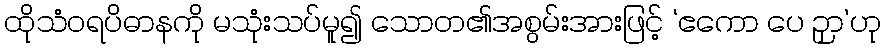
ထိုသံဝရပိဓာနကို မသုံးသပ်မူ၍ သောတ၏အစွမ်းအားဖြင့် ‘ဧကော ပေ ဉှာ’ဟု